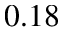
0 . 1 8